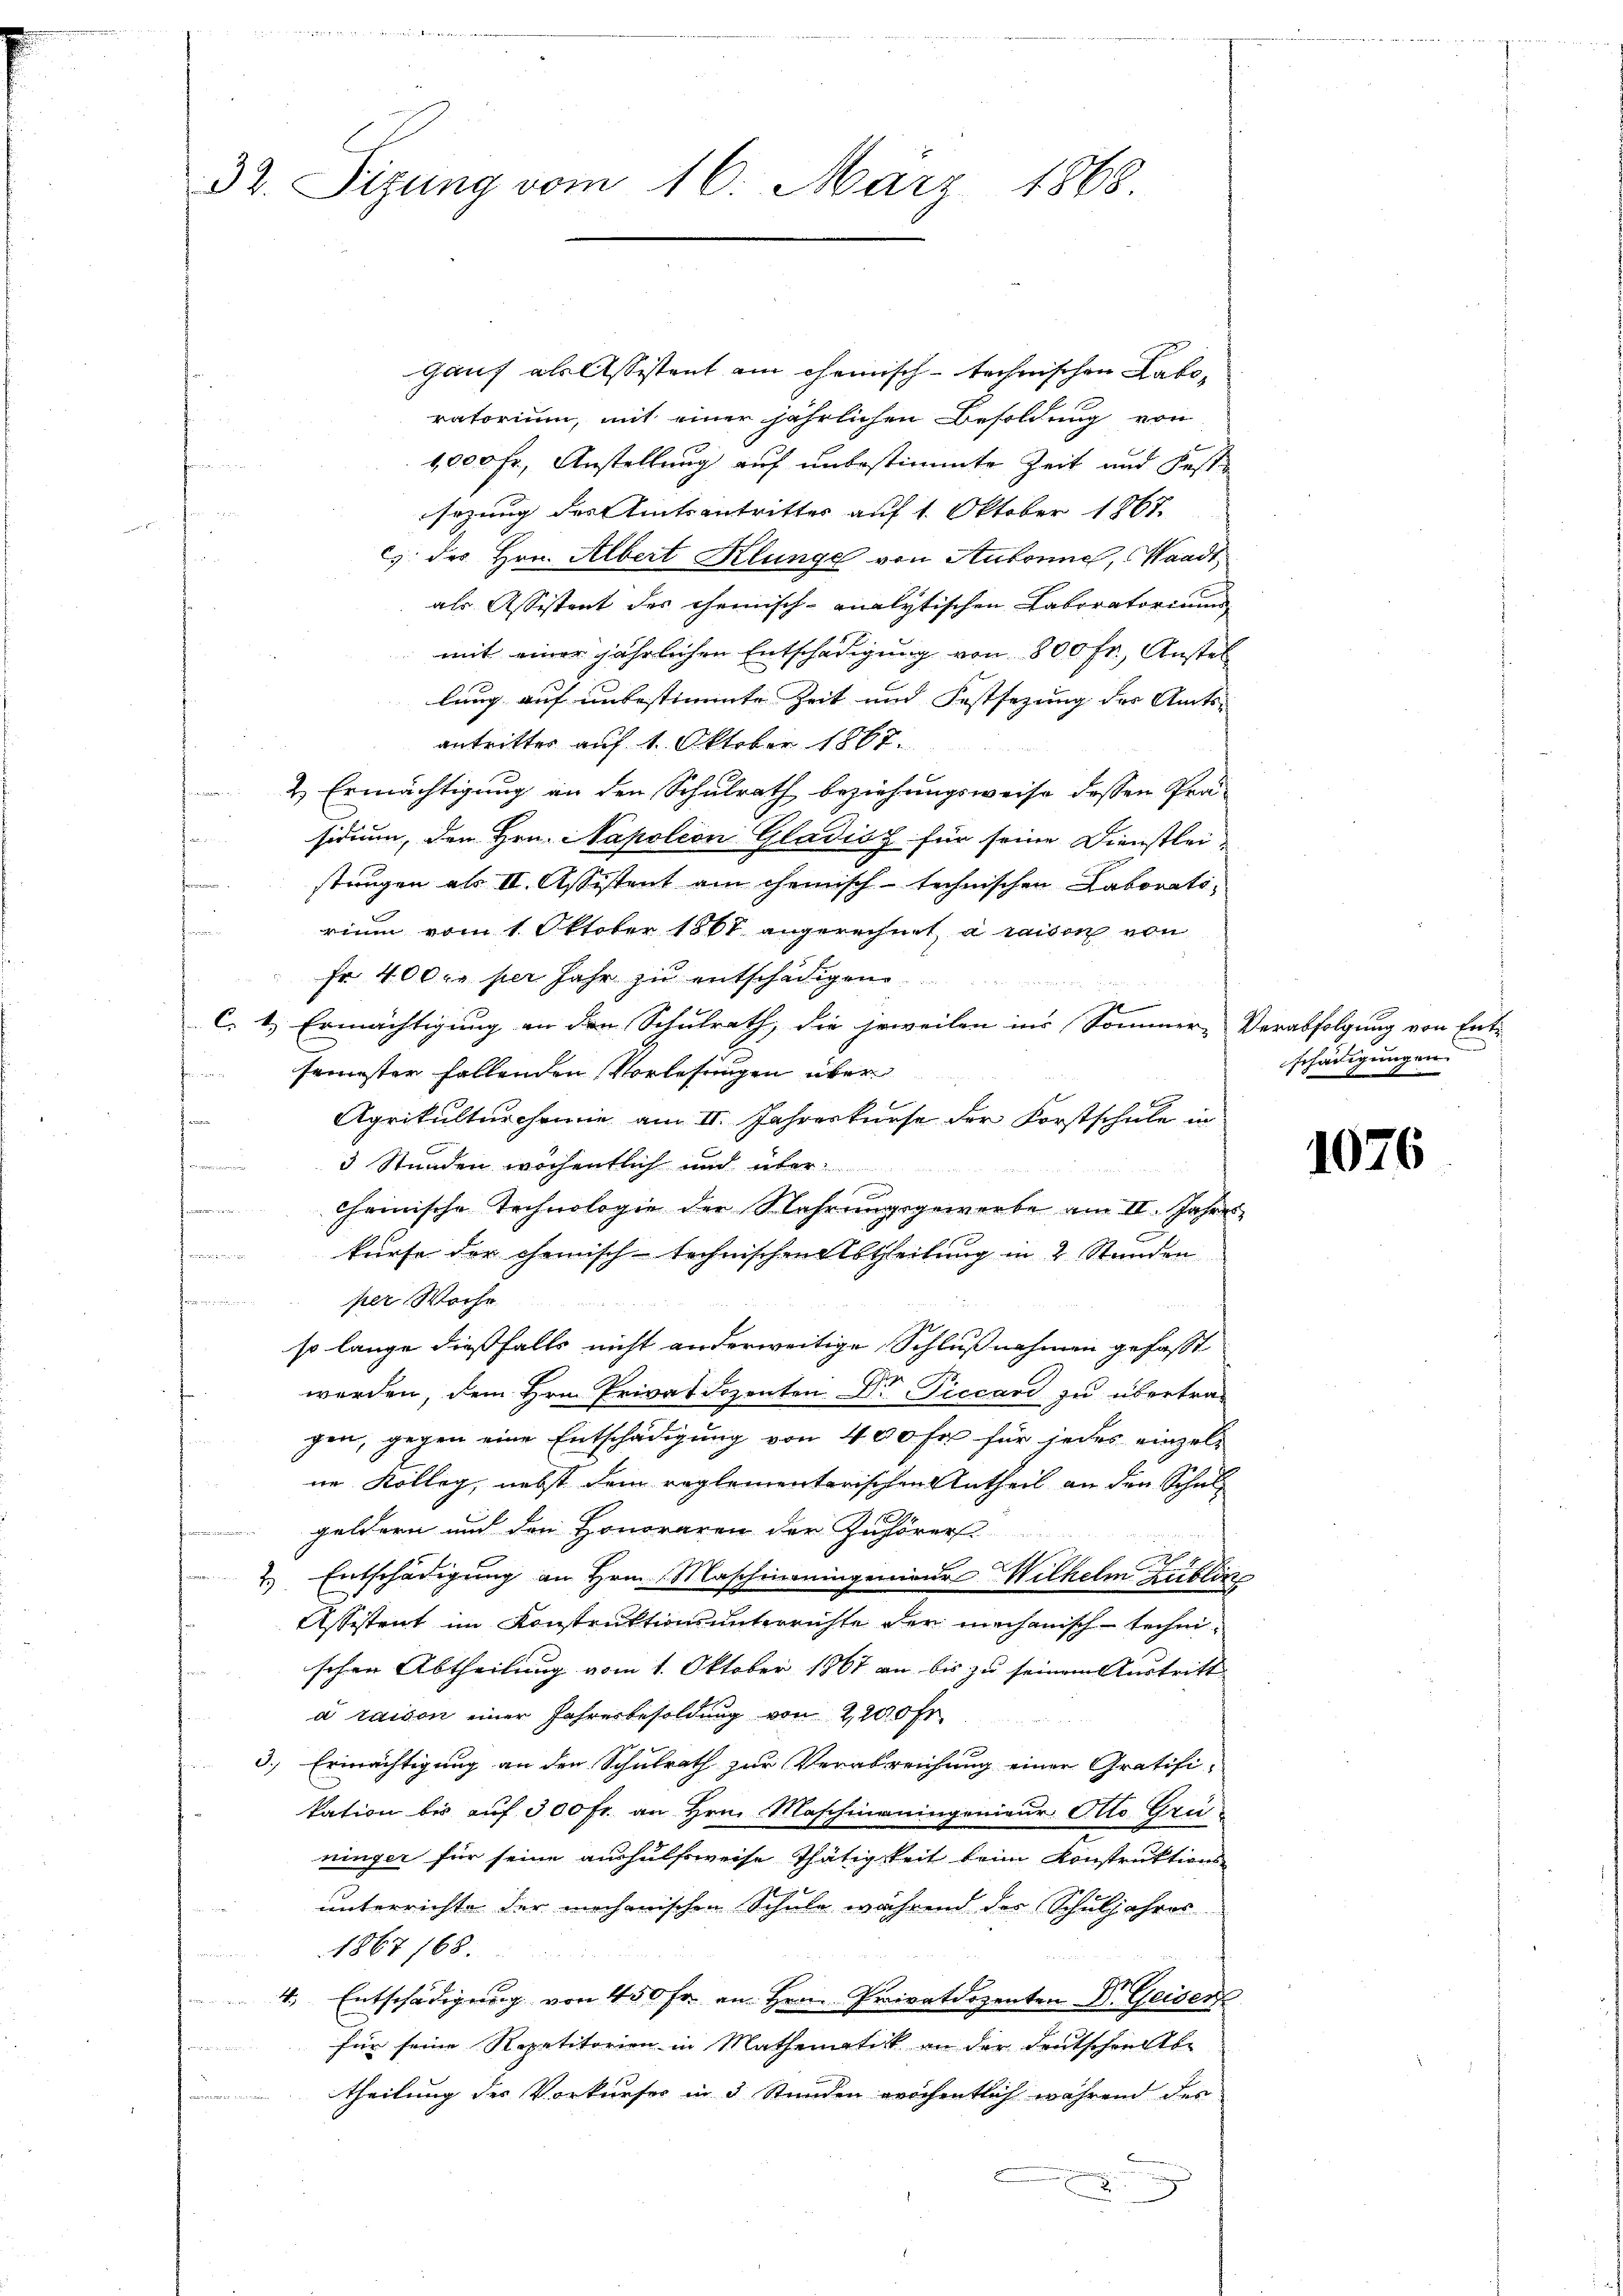
32. Sizung vom 16. März 1868.

Gauf als Assistent am Chemisch-technischen Laboratorium, mit einer jährlichen Besoldung von
1,000 fr., Anstellung auf unbestimmte Zeit und Feste
n

sezung des Amtsantritter auf 1. Oktober 1867.
u
c des Hrn. Albert Klunge von Autonne, Waadt
als Assistent des chemisch-analytischen Laboratorium
mit einer jährlichen Entschädigung von 800 Fr., Anstel
lang auf unbestimmte Zeit und Festsezung der Amts-
antritter auf 1. Oktober 1867.
2 Ermächtigung an den Schulrath beziehungsweise dessen Prä-
fa
sidium, den Hrn. Napoleon Gladićz für seine Dienstlei-
t
stungen als II. Assistent am chemisch-technischen Laborats-
rium vom 1. Oktober 1861 angerechnet, à raison von
t
fr. 400 fr per Jahr zu entschädigen
C. 1.) Ermächtigung an den Schulrath, die Erweilen ins Sommer- |
semester fallenden Vorlesungen über
Agrikulturcheine am II. Jahreskurse der Forstschule in
3 Stunden wöchentlich und über-
cheinische Technologie der Nahrungsgewerbe am II. Jahres,
 Nr. 244
kurse der chemisch-technischen Abtheilung in 2 Stunden
per Woche
so lange dießfalls nicht anderweitige Schlußnahmen gefasst
werden, dem Hrn. Privatdozenten Dr Piccard zu übertragen, gegen eine Entschädigung von 400 fr für jedes einzel-
ne Kolleg, nebst dem reglementarischen Antheil an den Schulgeldern und den Honoraren der Zuhörers
2.) Entschädigung an Hrn. Maschineingenieur Wilhelm Lublin
Assistent im Konstruktionsunterrichte der mechanisch-technischen Abtheilung vom 1. Oktober 1867 an bis zu seinem Austritt
a raison einer Jahresbesoldung von 2,200 Fr.
3.) Ermächtigung an den Schulrath zur Verabreichung einer Gratifi-
kation bei auf 300 fr. an Hrn. Maschinauingenieur Otto Greininger für seine aushülfsweise Thätigkeit beim Konstruktions-
unterrichte der mechanischen Schule während der Schuljahres
1867 168.
4. Entschädigung von 450 Fr. an Hrn. Privatdozenten Dr. Geisen
für seine Repetitorien in Mathematick an der Deutschen Ab-
214825548.
theilung des Vorkurses in 3 Stunden reichentlich während des
.

Verabfolgung von Entschädigungen

1076